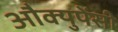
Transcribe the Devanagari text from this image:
औक्युपेंसी